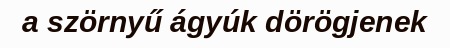
a szörnyű ágyúk dörögjenek